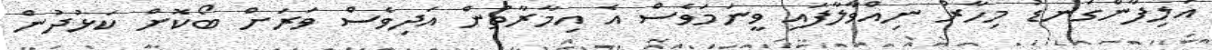
އަލިފާންގަނޑު މިހާރު ނިއްވާލާފައި ވީނަމަވެސް އެ އިމާރާތުން އަދިވެސް ވަރަށް ބޯކޮށް ކަޅުދުން